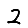
Digit: 2